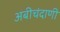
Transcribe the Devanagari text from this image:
अबीचंदाणी